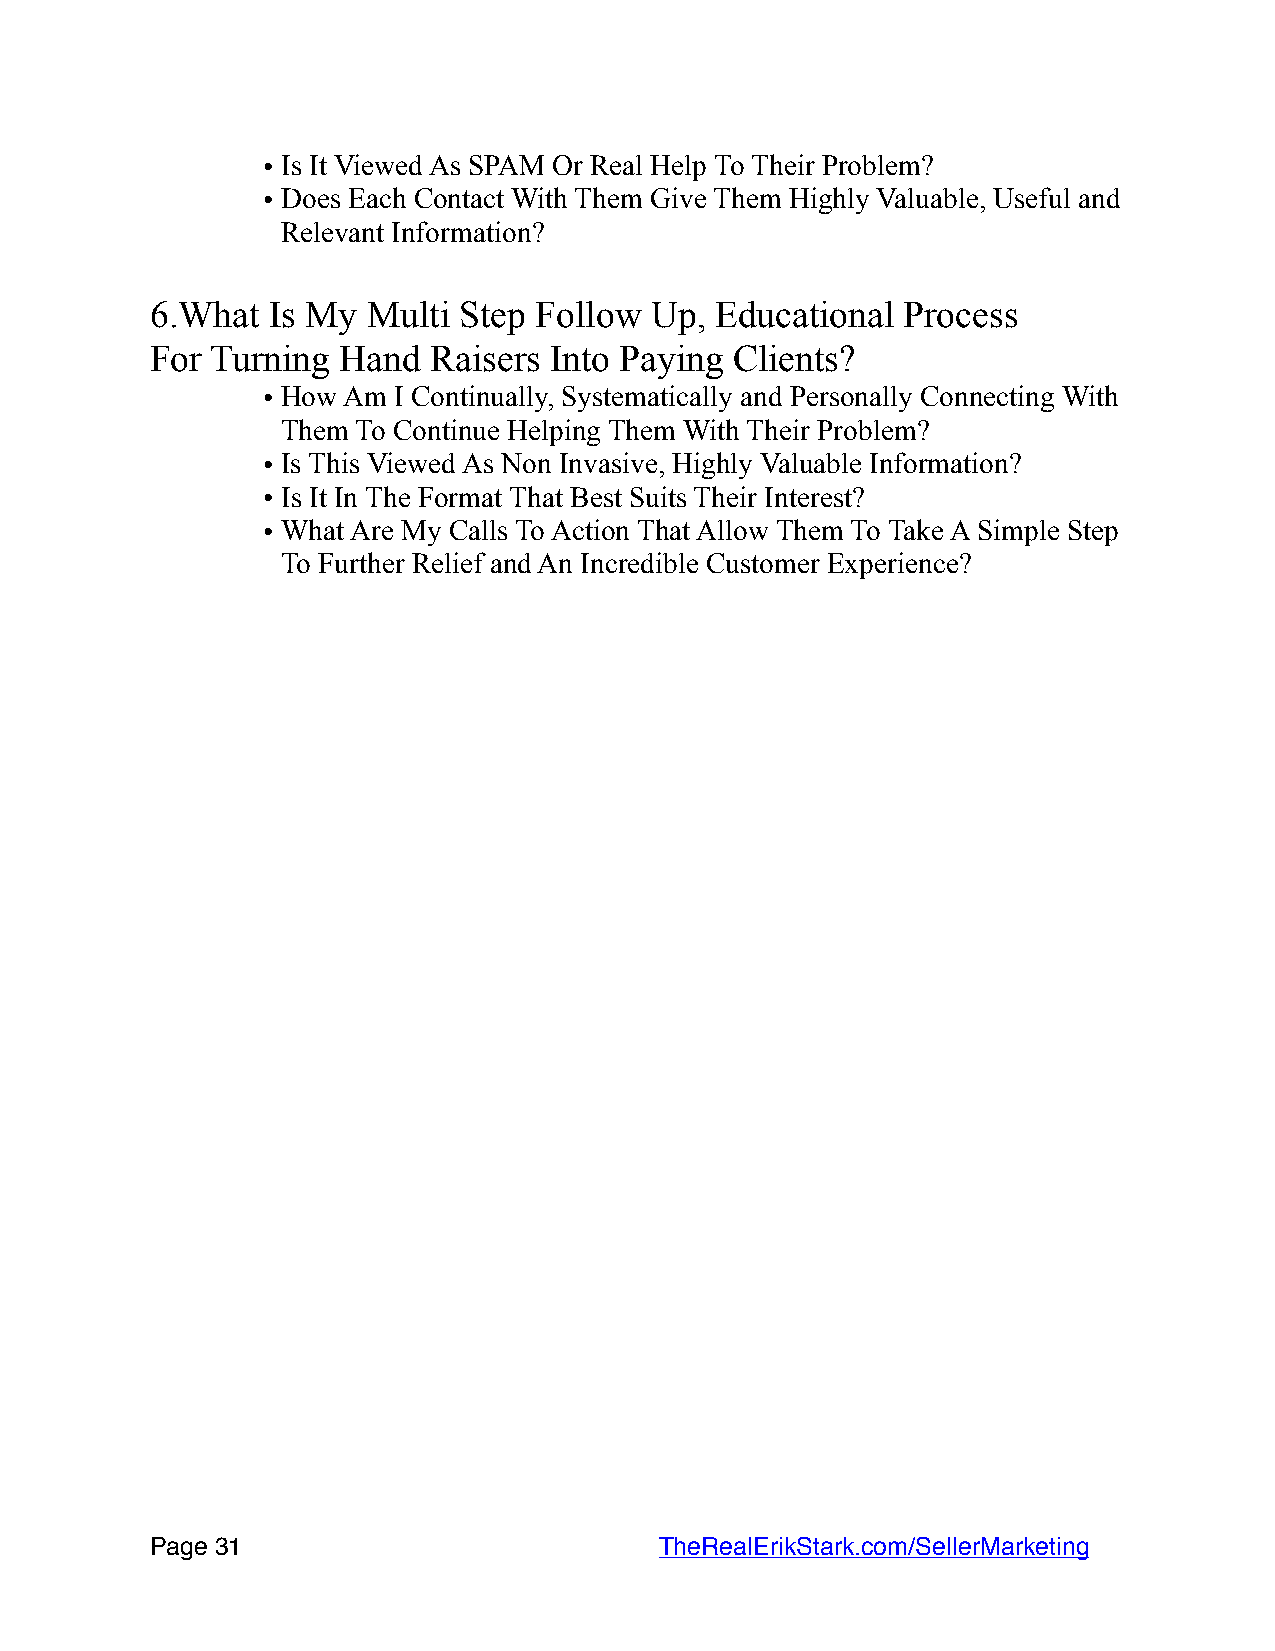
• Is It Viewed As SPAM Or Real Help To Their Problem?
 • Does Each Contact With Them Give Them Highly Valuable, Useful and
 Relevant Information?
 6.What  Is My Multi Step Follow  Up, Educational  Process
 For Turning Hand  Raisers Into Paying  Clients?
 • How Am I Continually, Systematically and Personally Connecting With
 Them To Continue Helping Them With Their Problem?
 • Is This Viewed As Non Invasive, Highly Valuable Information?
 • Is It In The Format That Best Suits Their Interest?
 • What Are My Calls To Action That Allow Them To Take A Simple Step
 To Further Relief and An Incredible Customer Experience?
 Page 3 1                         TheRealErikStark.com/SellerMarketing